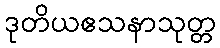
ဒုတိယဧသနာသုတ္တ